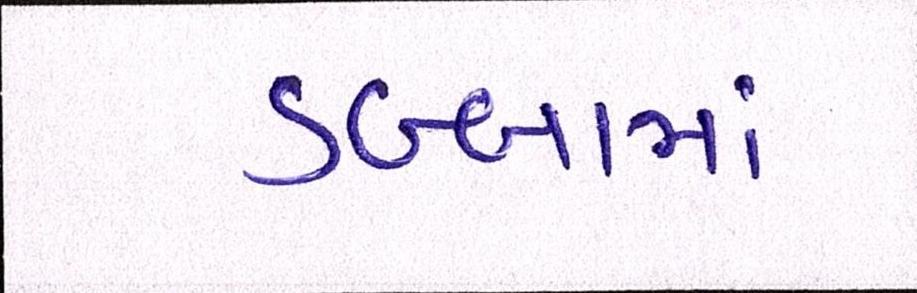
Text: ડબ્બામાં